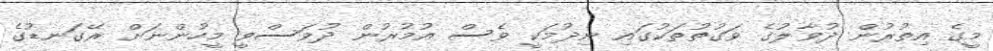
މީގެ އިތުރުން ދުވާލުގެ ވަގުތުތަކުގައި ނިދުމަކީ ވެސް އުމުރުން ދުވަސްވީ މީހުންނަށް ރޭގަނޑުގެ